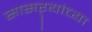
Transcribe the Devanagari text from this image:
सासऱ्यांच्या